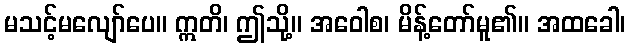
မသင့်မလျော်ပေ။ ဣတိ၊ ဤသို့။ အဝေါစ၊ မိန့်တော်မူ၏။ အထခေါ၊